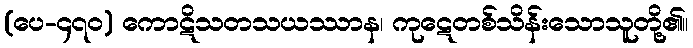
(ပေ-၄၇၀) ကောဋိသတသယဿာန၊ ကုဋေတစ်သိန်းသောသူတို့၏။